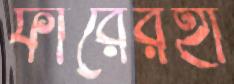
ফারেরহা